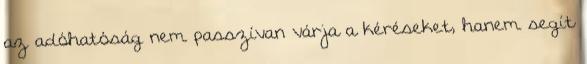
az adóhatóság nem passzívan várja a kéréseket, hanem segít